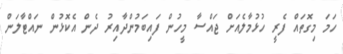
ހަމަ މިގޮތައް ފެރީ ހުޅުމާލެއަށް ޖައްސާ މީހުން ފައިބަމުންދާއިރު ދެން އެކޮޅުން ނައްޓާލަން